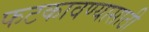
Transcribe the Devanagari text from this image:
फटकावण्यासाठी